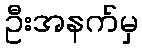
ဦးအနက်မှ